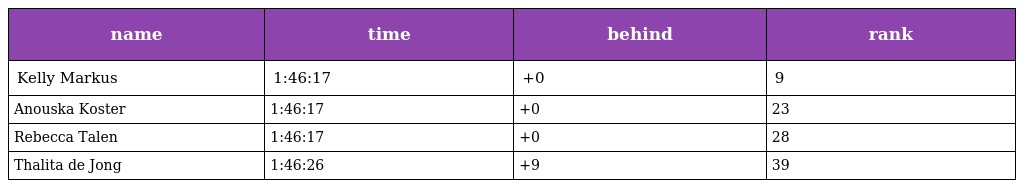
| name | time | behind | rank |
 | --- | --- | --- | --- |
 | Kelly Markus | 1:46:17 | +0 | 9 |
 | Anouska Koster | 1:46:17 | +0 | 23 |
 | Rebecca Talen | 1:46:17 | +0 | 28 |
 | Thalita de Jong | 1:46:26 | +9 | 39 |